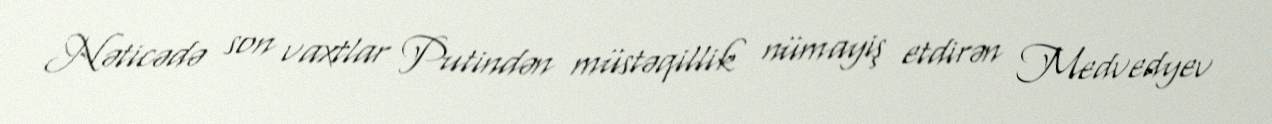
Nəticədə son vaxtlar Putindən müstəqillik nümayiş etdirən Medvedyev